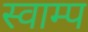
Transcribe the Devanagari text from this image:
स्वाम्प